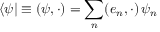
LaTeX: \langle \psi | \equiv ( { \boldsymbol { \psi } } , \cdot ) = \sum _ { n } ( { \boldsymbol { e } } _ { n } , \cdot ) \, \psi _ { n }